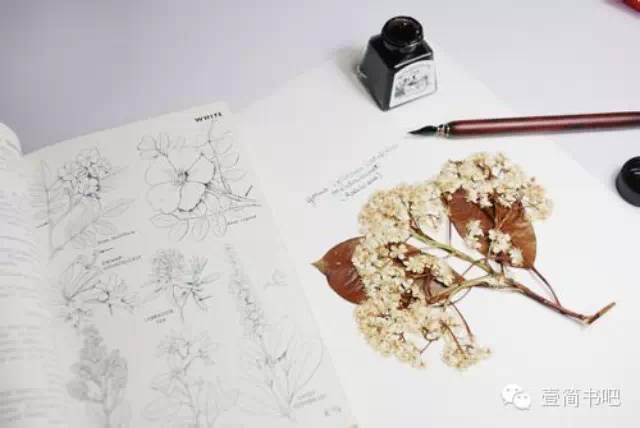
君子食无求饱，居无求安。敏于事而慎于言，就有道而正焉。可谓好学也已。